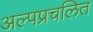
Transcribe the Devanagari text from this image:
अल्पप्रचलित